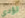
تؤدى